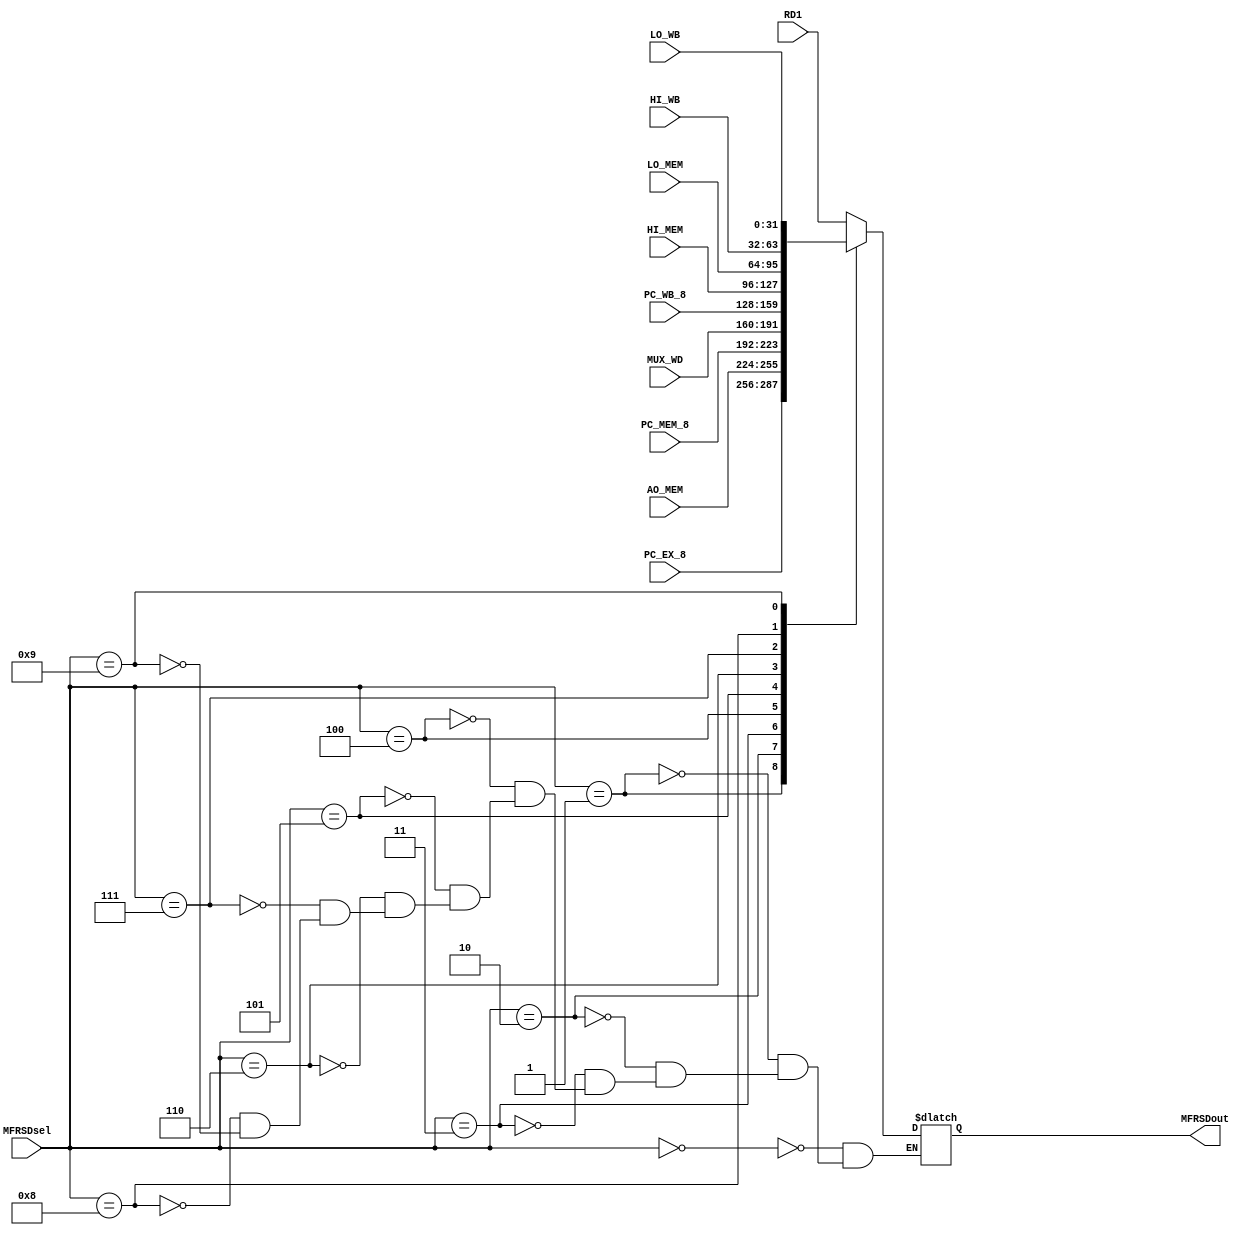
`timescale 1ns / 1ps
//////////////////////////////////////////////////////////////////////////////////
// Company: 
// Engineer: 
// 
// Design Name: 
// Module Name:    MFRSD 
// Project Name: 
// Target Devices: 
// Tool versions: 
// Description: 
//
// Dependencies: 
//
// Revision: 
// Revision 0.01 - File Created
// Additional Comments: 
//
//////////////////////////////////////////////////////////////////////////////////
module MFRSD(
    input [31:0] RD1,
    input [31:0] PC_EX_8,
    input [31:0] AO_MEM,
    input [31:0] PC_MEM_8,
    input [31:0] MUX_WD,
    input [31:0] PC_WB_8,
	 input [31:0] HI_MEM,
	 input [31:0] LO_MEM,
	 input [31:0] HI_WB,
	 input [31:0] LO_WB,
    input [3:0] MFRSDsel,
    output reg [31:0] MFRSDout
    );
	always @(*)begin
		case (MFRSDsel)
			4'b0000: MFRSDout<=RD1;
			4'b0001: MFRSDout<=PC_EX_8;
			4'b0010: MFRSDout<=AO_MEM;
			4'b0011: MFRSDout<=PC_MEM_8;
			4'b0100: MFRSDout<=MUX_WD;
			4'b0101: MFRSDout<=PC_WB_8;
			4'b0110: MFRSDout<=HI_MEM;
			4'b0111: MFRSDout<=LO_MEM;
			4'b1000: MFRSDout<=HI_WB;
			4'b1001: MFRSDout<=LO_WB;
		endcase
	end

endmodule